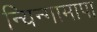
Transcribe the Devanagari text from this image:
न्यिन्गामापा